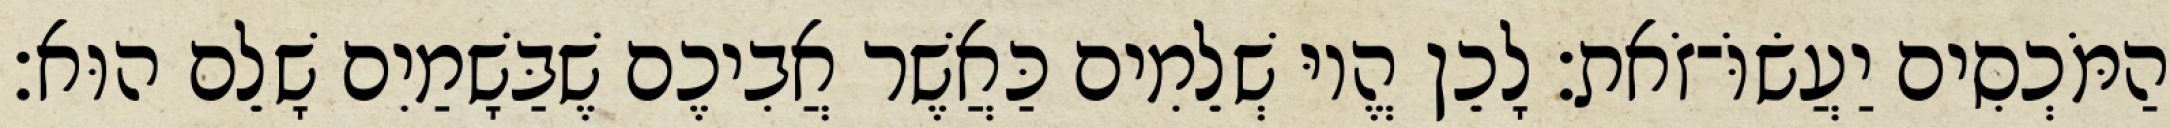
הַמֹּכְסִים יַעֲשׂוֹּ־זֹאת׃ לָכֵן הֱיוּ שְׁלֵמִים כַּאֲשֶׁר אֲבִיכֶם שֶׁבַּשָׁמַיִם שָׁלֵם הוּא׃